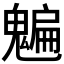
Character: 𩴄